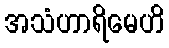
အသံဟာရိမေဟိ